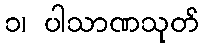
၁၊ ပါသာဏသုတ်